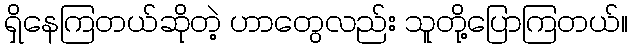
ရှိနေကြတယ်ဆိုတဲ့ ဟာတွေလည်း သူတို့ပြောကြတယ်။